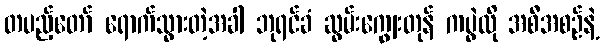
တပည့်တော် ရောက်သွားတဲ့အခါ ဘုရင်ခံ ဆွမ်းကျွေးတုန် ကပွဲလို အစီအစဉ်နဲ့